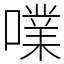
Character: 㗼